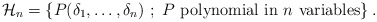
\begin{align*}{\cal H}_n = \{ P (\delta_1 , \ldots , \delta_n) \ ; \ P \ \hbox{polynomial in} \ n \ \hbox{variables} \} \, . \end{align*}